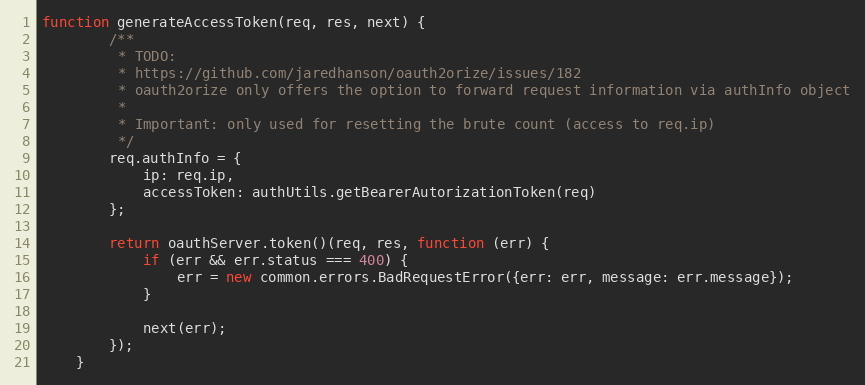
Language: JavaScript
function generateAccessToken(req, res, next) {
        /**
         * TODO:
         * https://github.com/jaredhanson/oauth2orize/issues/182
         * oauth2orize only offers the option to forward request information via authInfo object
         *
         * Important: only used for resetting the brute count (access to req.ip)
         */
        req.authInfo = {
            ip: req.ip,
            accessToken: authUtils.getBearerAutorizationToken(req)
        };

        return oauthServer.token()(req, res, function (err) {
            if (err && err.status === 400) {
                err = new common.errors.BadRequestError({err: err, message: err.message});
            }

            next(err);
        });
    }